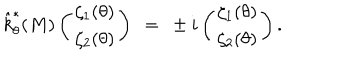
LaTeX: \hat { k } _ { \theta } ^ { * } ( M ) \left( \begin{array} { c } { { \zeta _ { 1 } ( \theta ) } } \\ { { \zeta _ { 2 } ( \theta ) } } \\ \end{array} \right) ~ = ~ \pm i \left( \begin{array} { c } { { \zeta _ { 1 } ( \theta ) } } \\ { { \zeta _ { 2 } ( \theta ) } } \\ \end{array} \right) .